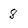
Character: 8